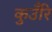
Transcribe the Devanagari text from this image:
कुउँरि